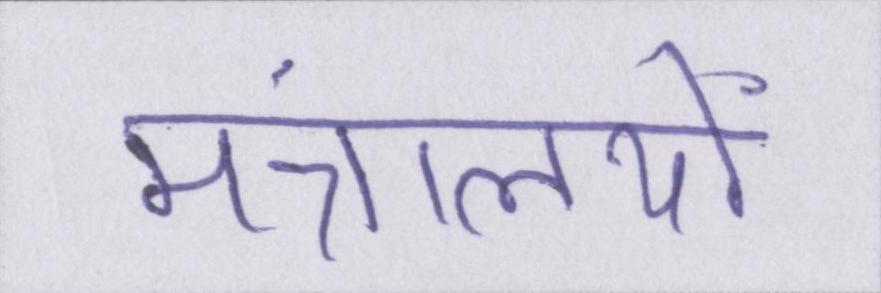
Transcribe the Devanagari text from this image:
मंत्रालयों